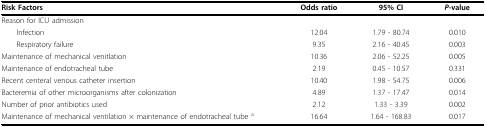
<table><thead><tr><td><b>Risk Factors</b></td><td><b>Odds ratio</b></td><td><b>95% CI</b></td><td><b><i>P</i>-value</b></td></tr></thead><tbody><tr><td>Reason for ICU admission</td><td>[EMPTY_CELL]</td><td>[EMPTY_CELL]</td><td>[EMPTY_CELL]</td></tr><tr><td> Infection</td><td>12.04</td><td>1.79 - 80.74</td><td>0.010</td></tr><tr><td> Respiratory failure</td><td>9.35</td><td>2.16 - 40.45</td><td>0.003</td></tr><tr><td>Maintenance of mechanical venitlation</td><td>10.36</td><td>2.06 - 52.25</td><td>0.005</td></tr><tr><td>Maintenance of endotracheal tube</td><td>2.19</td><td>0.45 - 10.57</td><td>0.331</td></tr><tr><td>Recent centeral venous catheter insertion</td><td>10.40</td><td>1.98 - 54.75</td><td>0.006</td></tr><tr><td>Bacteremia of other microorganisms after colonization</td><td>4.89</td><td>1.37 - 17.47</td><td>0.014</td></tr><tr><td>Number of prior antibiotics used</td><td>2.12</td><td>1.33 - 3.39</td><td>0.002</td></tr><tr><td>Maintenance of mechanical ventilation × maintenance of endotracheal tube <sup>a</sup></td><td>16.64</td><td>1.64 - 168.83</td><td>0.017</td></tr></tbody></table>